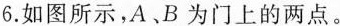
6.如图所示，A、B为门上的两点。